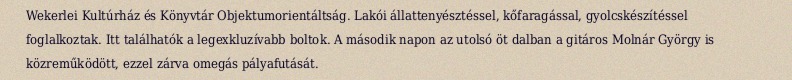
Wekerlei Kultúrház és Könyvtár Objektumorientáltság. Lakói állattenyésztéssel, kőfaragással, gyolcskészítéssel foglalkoztak. Itt találhatók a legexkluzívabb boltok. A második napon az utolsó öt dalban a gitáros Molnár György is közreműködött, ezzel zárva omegás pályafutását.